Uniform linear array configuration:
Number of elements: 32
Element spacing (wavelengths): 1
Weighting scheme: uniform
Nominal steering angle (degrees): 60
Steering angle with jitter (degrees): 59.643
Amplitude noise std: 0.05
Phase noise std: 0.05

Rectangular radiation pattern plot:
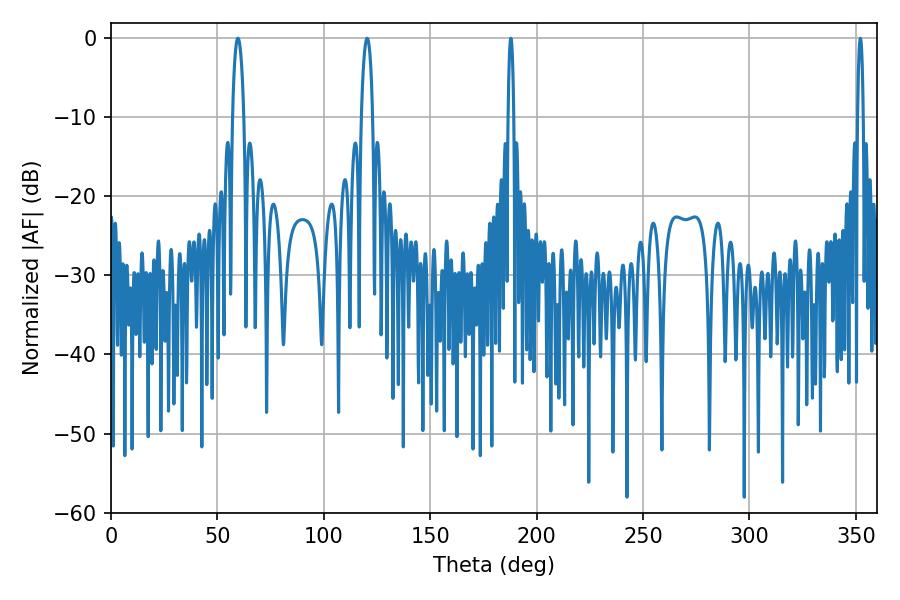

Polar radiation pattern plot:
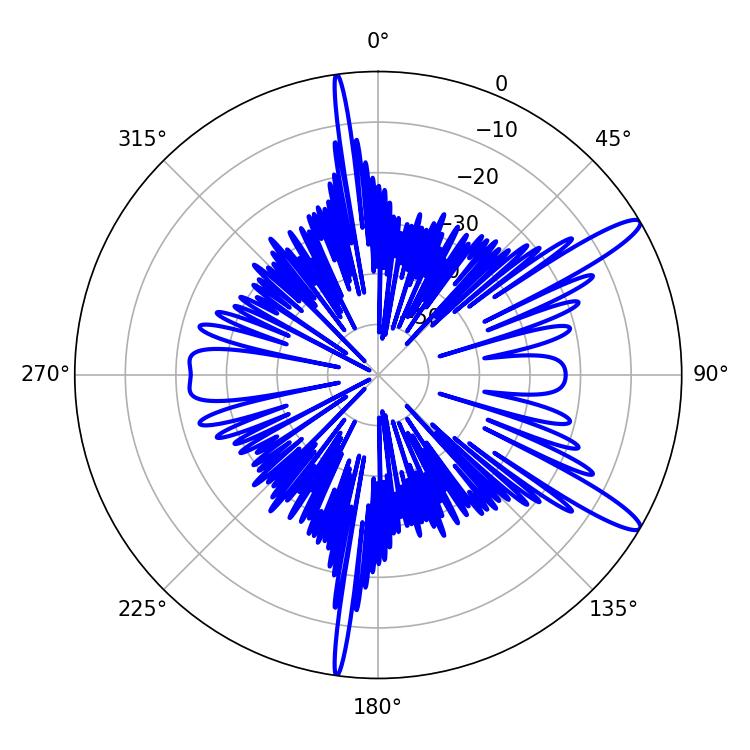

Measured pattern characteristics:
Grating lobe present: TRUE
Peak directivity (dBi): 13.193
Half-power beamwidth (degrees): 3.06
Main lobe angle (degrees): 59.58